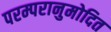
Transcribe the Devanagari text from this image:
परम्परानुमोदित